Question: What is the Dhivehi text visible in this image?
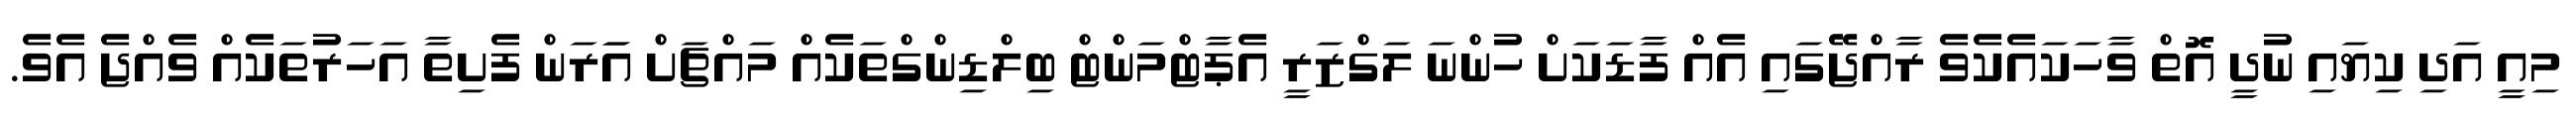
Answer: މިއީ އަދި ކިޔައި ނުދީ އޮތް ވާހަކައެކެވެ ރާއްޖޭގައި އެއް ފާޑަކަށް ހުންނަ ލަގްޒަރީ އެޕާޓްމަންޓް ބިލްޑިންގްތަކެއް މައްޗަށް އަަރަން ފެށިތާ އަހަރުތަކެއް ވެއްޖެ އެވެ.